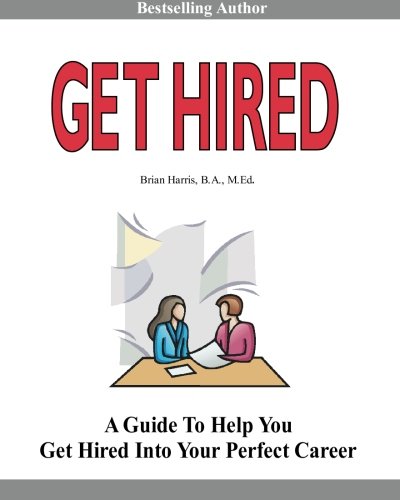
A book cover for Get Hired: Learn Six Employer Secrets That Can Improve Your Cover Letter, Resume, Networking Skills, And Job Interview Results To Help You Get Hired; Brian Harris; Business & Money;